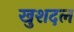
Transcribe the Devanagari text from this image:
खुशदल